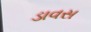
ડાવસ